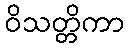
ဝိသတ္တိကာ